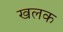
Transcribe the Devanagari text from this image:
खलक